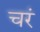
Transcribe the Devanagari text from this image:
चरं